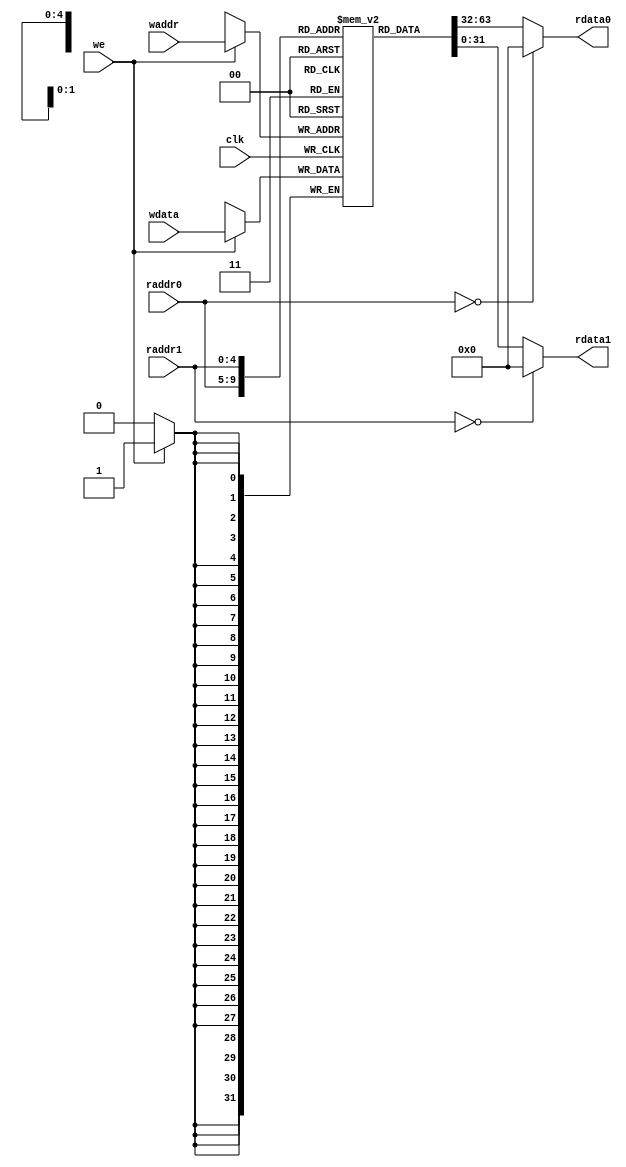
module reg_file(
    input        clk,
    input   [4:0]raddr0,
    input   [4:0]raddr1,
    input   [4:0]waddr,
    input  [31:0]wdata,
    input        we,

    output [31:0]rdata0,
    output [31:0]rdata1
);

reg [31:0]x[31:0];

genvar i;
generate
for (i = 0; i < 32; i = i + 1) begin : reg_init
  initial x[i] = 32'b0;
end
endgenerate

assign rdata0 = (raddr0 == 0) ? 0 : x[raddr0];
assign rdata1 = (raddr1 == 0) ? 0 : x[raddr1];

always @(posedge clk) begin
  if (we) begin
    x[waddr] <= wdata;
  end
  $strobe("\
  \CPUv1: x0: %h x8 : %h x16: %h x24: %h\n\
  \CPUv1: x1: %h x9 : %h x17: %h x25: %h\n\
  \CPUv1: x2: %h x10: %h x18: %h x26: %h\n\
  \CPUv1: x3: %h x11: %h x19: %h x27: %h\n\
  \CPUv1: x4: %h x12: %h x20: %h x28: %h\n\
  \CPUv1: x5: %h x13: %h x21: %h x29: %h\n\
  \CPUv1: x6: %h x14: %h x22: %h x30: %h\n\
  \CPUv1: x7: %h x15: %h x23: %h x31: %h",
  32'b0, x[8], x[16], x[24],
  x[1],  x[9], x[17], x[25],
  x[2], x[10], x[18], x[26],
  x[3], x[11], x[19], x[27],
  x[4], x[12], x[20], x[28],
  x[5], x[13], x[21], x[29],
  x[6], x[14], x[22], x[30],
  x[7], x[15], x[23], x[31]
  );
end

endmodule